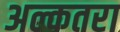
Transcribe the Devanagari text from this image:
अल्कतरा